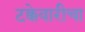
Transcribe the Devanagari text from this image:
टक्केवारीचा